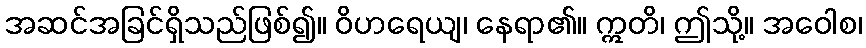
အဆင်အခြင်ရှိသည်ဖြစ်၍။ ဝိဟရေယျ၊ နေရာ၏။ ဣတိ၊ ဤသို့။ အဝေါစ၊